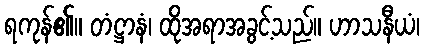
ရကုန်၏။ တံဋ္ဌာနံ၊ ထိုအရာအခွင့်သည်။ ဟာသနီယံ၊